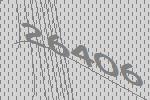
26406